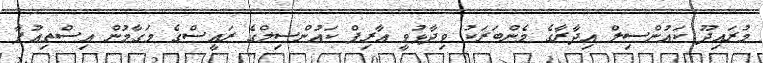
މުރައިދޫ ކައުންސިލް އިދާރާގެ މެންބަރަކު ވިދާޅުވީ އާރިފް ކައުންސިލްގެ ރައީސްގެ މަގާމުން އިސްތިއުފާ